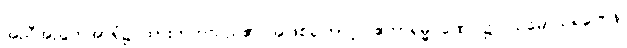
အညီအညွတ်အာရုံ၌ ထားတတ်သည်၏ အဖြစ်ကြောင့်။ ဧကာရမ္မ ဏေ၊ ၌။ သမောသရဏေန၊